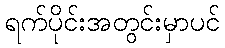
ရက်ပိုင်းအတွင်းမှာပင်